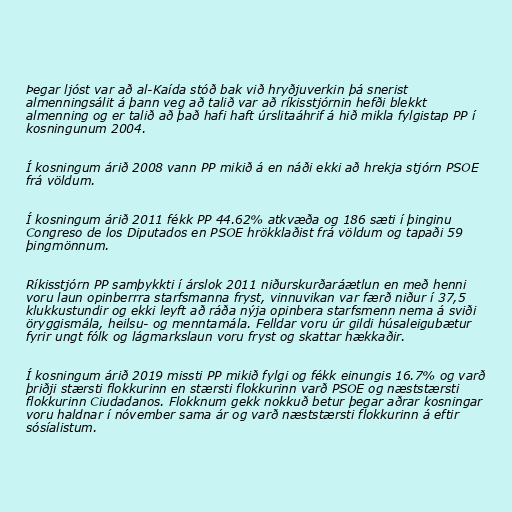
Þegar ljóst var að al-Kaída stóð bak við hryðjuverkin þá snerist
almenningsálit á þann veg að talið var að ríkisstjórnin hefði blekkt
almenning og er talið að það hafi haft úrslitaáhrif á hið mikla fylgistap PP í
kosningunum 2004.

Í kosningum árið 2008 vann PP mikið á en náði ekki að hrekja stjórn PSOE
frá völdum.

Í kosningum árið 2011 fékk PP 44.62% atkvæða og 186 sæti í þinginu
Congreso de los Diputados en PSOE hrökklaðist frá völdum og tapaði 59
þingmönnum.

Ríkisstjórn PP samþykkti í árslok 2011 niðurskurðaráætlun en með henni
voru laun opinberrra starfsmanna fryst, vinnuvikan var færð niður í 37,5
klukkustundir og ekki leyft að ráða nýja opinbera starfsmenn nema á sviði
öryggismála, heilsu- og menntamála. Felldar voru úr gildi húsaleigubætur
fyrir ungt fólk og lágmarkslaun voru fryst og skattar hækkaðir.

Í kosningum árið 2019 missti PP mikið fylgi og fékk einungis 16.7% og varð
þriðji stærsti flokkurinn en stærsti flokkurinn varð PSOE og næststærsti
flokkurinn Ciudadanos. Flokknum gekk nokkuð betur þegar aðrar kosningar
voru haldnar í nóvember sama ár og varð næststærsti flokkurinn á eftir
sósíalistum.